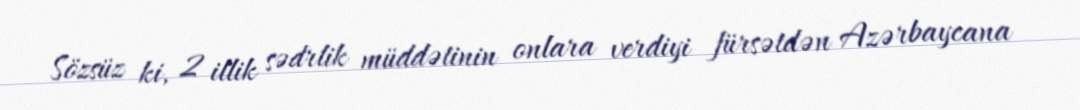
Sözsüz ki, 2 illik sədrlik müddətinin onlara verdiyi fürsətdən Azərbaycana